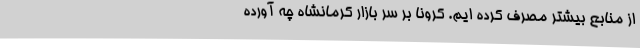
از منابع بیشتر مصرف کرده ایم. کرونا بر سر بازار کرمانشاه چه آورده